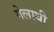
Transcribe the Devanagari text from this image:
गेलाथी